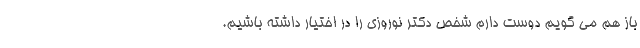
باز هم می گویم دوست دارم شخص دکتر نوروزی را در اختیار داشته باشیم.